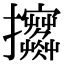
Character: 𢺦